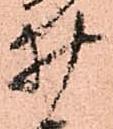
井